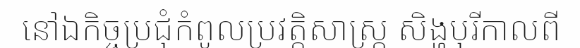
នៅឯកិច្ចប្រជុំកំពូលប្រវត្តិសាស្ត្រ សិង្ហបុរីកាលពី